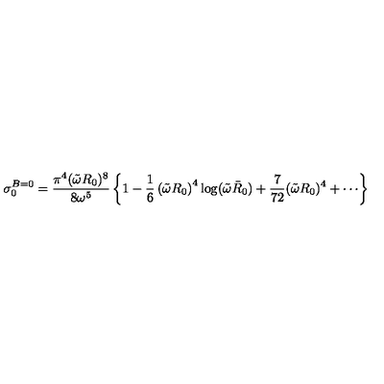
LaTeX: \sigma _ { 0 } ^ { B = 0 } = { \frac { \pi ^ { 4 } ( \tilde { \omega } R _ { 0 } ) ^ { 8 } } { 8 \omega ^ { 5 } } } \left\{ 1 - { \frac { 1 } { 6 } } \left( \tilde { \omega } R _ { 0 } \right) ^ { 4 } \log ( \tilde { \omega } \bar { R } _ { 0 } ) + { \frac { 7 } { 7 2 } } ( \tilde { \omega } R _ { 0 } ) ^ { 4 } + \cdots \right\}